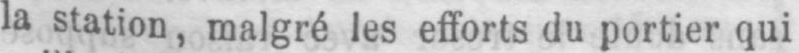
la station, malgré les efforts du portier qui